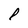
Character: P